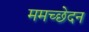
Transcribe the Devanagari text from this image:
ममच्छेदन